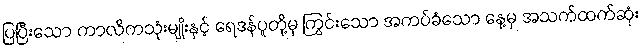
ပြပြီးသော ကာလိကသုံးမျိုးနှင့် ရေဒန်ပူတို့မှ ကြွင်းသော အကပ်ခံသော နေ့မှ အသက်ထက်ဆုံး